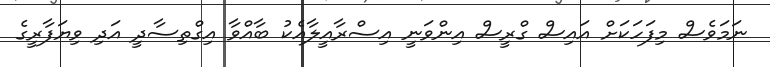
ނަމަވެސް މިފަހަކަށް އައިސް ގްރީސް އިންވަނީ އިސްރާއީލާއެކު ބާއްވާ އިގްތިސާދީ އަދި ވިޔަފާރީގެ